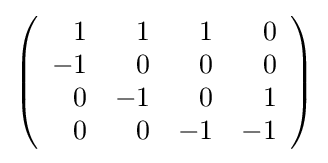
{\textstyle \left({\begin{array}{rrrr}1&1&1&0\\-1&0&0&0\\0&-1&0&1\\0&0&-1&-1\\\end{array}}\right)}